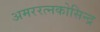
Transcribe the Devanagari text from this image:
अमररत्नकोसिन्द्र